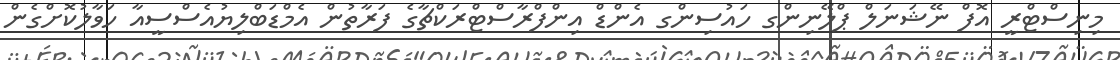
މިނިސްޓްރީ އޮފް ނޭޝަނަލް ޕްލޭނިންގ ހައުސިންގ އެންޑް އިންފްރާސްޓްރަކްޗާގެ ފަރާތުން އެމްޑަބްލިޔުއެސްސީއާ ހަވާލުކޮށްގެން